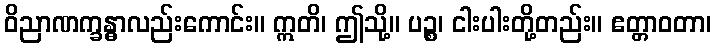
ဝိညာဏက္ခန္ဓာလည်းကောင်း။ ဣတိ၊ ဤသို့။ ပဉ္စ၊ ငါးပါးတို့တည်း။ ဧတ္တာဝတာ၊